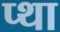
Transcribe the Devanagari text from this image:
प्था